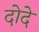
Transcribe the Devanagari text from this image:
दोदे